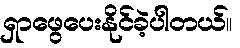
ရှာဖွေပေးနိုင်ခဲ့ပါတယ်။